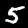
Label: 5